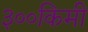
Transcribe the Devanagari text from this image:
३००किमी